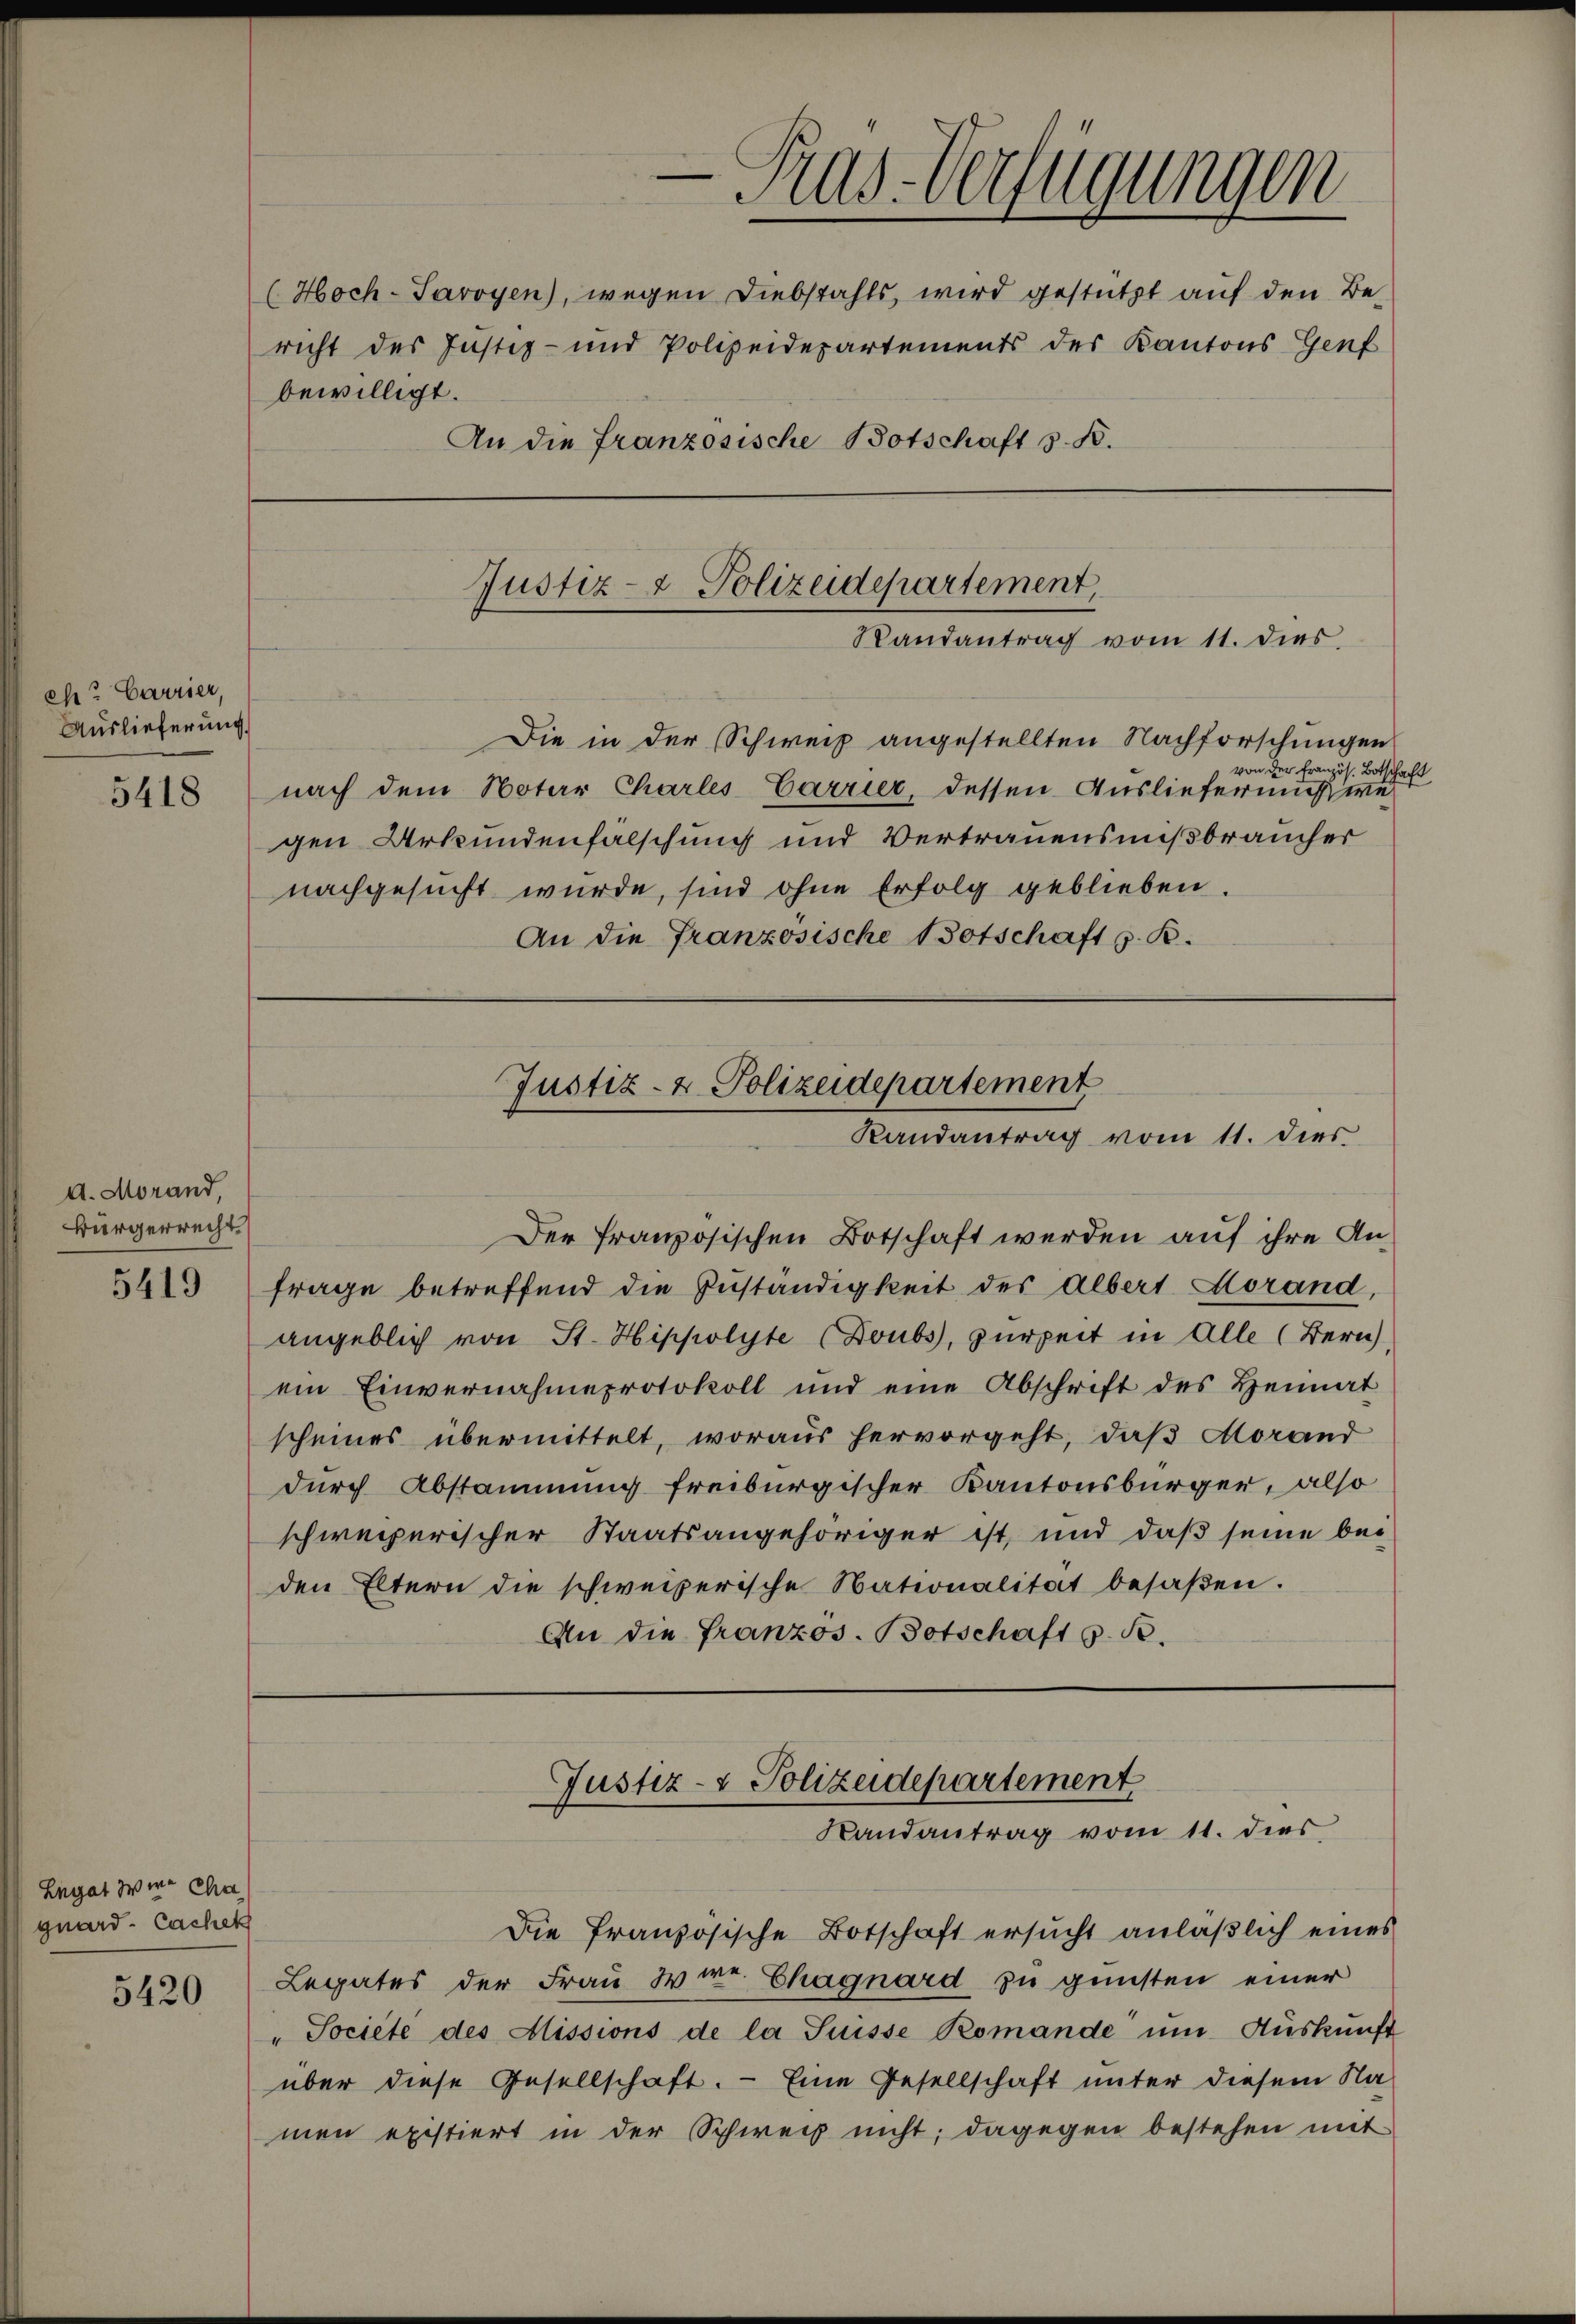
ehe? Carrier,
Auslieferung

d. Morand,
Bürgerrecht.

5419

Legat Wien Cha
guard- Cachet

5420

bewilligt.

Die in der Schweiz angestellten Nachforschungen
von der Französ. Botschaft
5418 nach dem Notar Charles Carrier, dessen Auslieferungswe
gen Urkundenfälschung und Vertrauensmißbraucher
nachgesucht wurde, sind ohne Erfolg geblieben.
An die Französische Botschaft z. B.

Justiz- & Polizeidepartement
Randantrag vom 11. dies

Justiz- & Polizeidepartement
Randantrag vom 11. dies

—
Ras-Verfügungen
(Hoch-Savoyen), wegen Diebstahls wird gestützt auf den Be-
richt des Justiz- und Polizeidepartements des Kantons Genf
An die französische Botschaft s. B.

Der französischen Botschaft werden auf ihre Anfrage betreffend die Zuständigkeit des Albert Horand,
angeblich von St. Hippolyte (Doubs, zurzeit in Alle (Bern
ein Einvernahmeprotokoll und eine Abschrift des Heimat
scheines übermittelt, woraus hervorgeht, daß Morand
durch Abstammung freiburgischer Kantonsbürger, also
schweizerischer Staatsangehöriger ist, und daß seine bei
den Eltern die schweizerische Nationalität besaβen.
An die Französ. Botschaft s. S.

Justiz- & Polizeidepartement
Landantrag vom 11. dies

Die französische Botschaft ersŭcht anläβlich eines
Legates der Frau Wirr. Chagnard zu gunsten einer
" Societe des Missions de la Suisse Romande ŭm Aŭskŭnft
über diese Gesellschaft. - Eine Gesellschaft unter diesem Na-
men existiert in der Schweiz nicht; dagegen bestehen mit